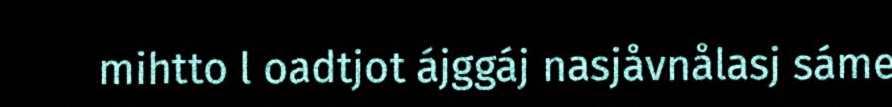
mihtto l oadtjot ájggáj nasjåvnålasj sáme